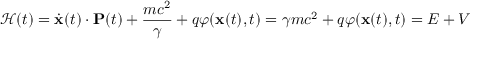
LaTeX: { \mathcal { H } } ( t ) = { \dot { \mathbf { x } } } ( t ) \cdot \mathbf { P } ( t ) + { \frac { m c ^ { 2 } } { \gamma } } + q \varphi ( \mathbf { x } ( t ) , t ) = \gamma m c ^ { 2 } + q \varphi ( \mathbf { x } ( t ) , t ) = E + V